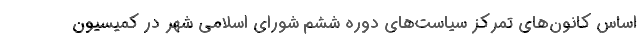
اساس کانون‌های تمرکز سیاست‌های دوره ششم شورای اسلامی شهر در کمیسیون